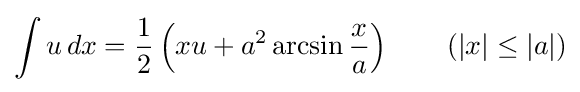
\int u\,dx={\frac {1}{2}}\left(xu+a^{2}\arcsin {\frac {x}{a}}\right)\qquad {\mbox{(}}|x|\leq |a|{\mbox{)}}